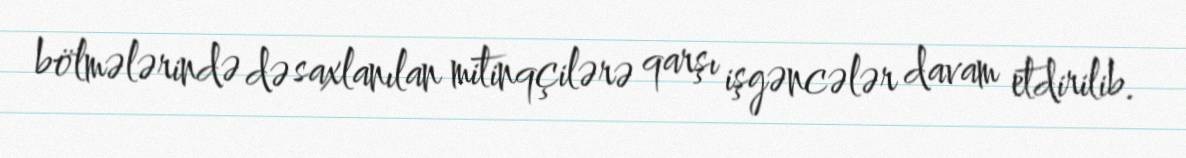
bölmələrində də saxlanılan mitinqçilərə qarşı işgəncələr davam etdirilib.